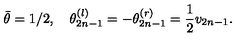
\bar { \theta } = 1 / 2 , \quad \theta _ { 2 n - 1 } ^ { \left( l \right) } = - \theta _ { 2 n - 1 } ^ { \left( r \right) } = \frac { 1 } { 2 } v _ { 2 n - 1 } .